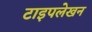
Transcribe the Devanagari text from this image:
टाइपलेखन